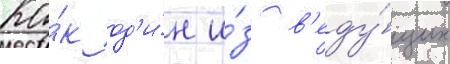
Ка́к од'и́н и́з в'еду́щих